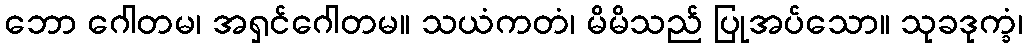
ဘော ဂေါတမ၊ အရှင်ဂေါတမ။ သယံကတံ၊ မိမိသည် ပြုအပ်သော။ သုခဒုက္ခံ၊